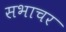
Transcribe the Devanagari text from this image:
सभाचर